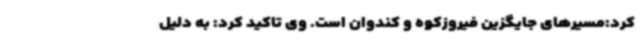
کرد:مسیرهای جایگزین فیروزکوه و کندوان است. وی تاکید کرد: به دلیل